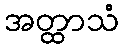
အတ္ထာသံ